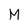
Character: M